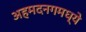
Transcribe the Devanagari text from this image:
अहमदनगमध्ये